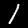
Digit: 1